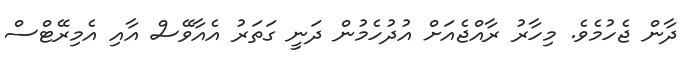
ދާން ޖެހުމެވެ. މިހާރު ރާއްޖެއަށް އުދުހެމުން ދަނީ ގަތަރު އެއާވޭސް އާއި އެމިރޭޓްސް